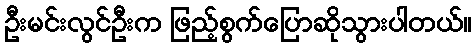
ဦးမင်းလွင်ဦးက ဖြည့်စွက်ပြောဆိုသွားပါတယ်။